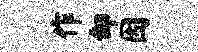
作却因